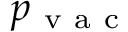
p _ { \mathrm { ~ v ~ a ~ c ~ } }